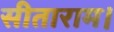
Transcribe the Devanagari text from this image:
सीताराम।